Report on vaccination in Madras 1895-1903 - 1895-1903
Year: 1895
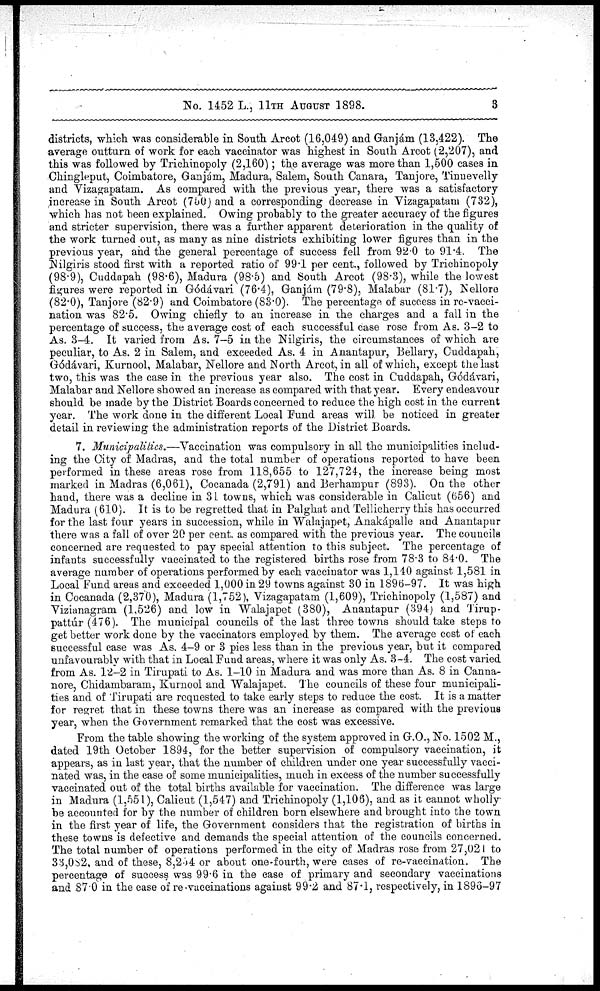
No. 1452 L., 11TH AUGUST 1898.
3
districts, which was considerable in South Arcot (16,049) and Ganjám (13,422). The
average outturn of work for each vaccinator was highest in South Arcot (2,207), and
this was followed by Trichinopoly (2,160); the average was more than 1,500 cases in
Chingleput, Coimbatore, Ganjám, Madura, Salem, South Canara, Tanjore, Tinnevelly
and Vizagapatam. As compared with the previous year, there was a satisfactory
increase in South Arcot (750) and a corresponding decrease in Vizagapatam (732),
which has not been explained. Owing probably to the greater accuracy of the figures
and stricter supervision, there was a further apparent deterioration in the quality of
the work turned out, as many as nine districts exhibiting lower figures than in the
previous year, and the general percentage of success fell from 92.0 to 91.4. The
Nilgiris stood first with a reported ratio of 99.1 per cent., followed by Trichinopoly
(98.9), Cuddapah (98.6), Madura (98.5) and South Arcot (98.3), while the lowest
figures were reported in Gódávari (76.4), Ganjám (79.8), Malabar (81.7), Nellore
(82.0), Tanjore (82.9) and Coimbatore (83.0). The percentage of success in re-vacci-
nation was 82.5. Owing chiefly to an increase in the charges and a fall in the
percentage of success, the average cost of each successful case rose from As. 3-2 to
As. 3-4. It varied from As. 7-5 in the Nilgiris, the circumstances of which are
peculiar, to As. 2 in Salem, and exceeded As. 4 in Anantapur, Bellary, Cuddapah,
Gódávari, Kurnool, Malabar, Nellore and North Arcot, in all of which, except the last
two, this was the case in the previous year also. The cost in Cuddapah, Godávari,
Malabar and Nellore showed an increase as compared with that year. Every endeavour
should be made by the District Boards concerned to reduce the high cost in the current
year. The work done in the different Local Fund areas will be noticed in greater
detail in reviewing the administration reports of the District Boards.
7. Municipalities.—Vaccination was compulsory in all the municipalities includ-
ing the City of Madras, and the total number of operations reported to have been
performed in these areas rose from 118,655 to 127,724, the increase being most
marked in Madras (6,061), Cocanada (2,791) and Berhampur (893). On the other
hand, there was a decline in 31 towns, which was considerable in Calicut (656) and
Madura (610). It is to be regretted that in Palghat and Tellicherry this has occurred
for the last four years in succession, while in Walajapet, Anakápalle and Anantapur
there was a fall of over 20 per cent. as compared with the previous year. The councils
concerned are requested to pay special attention to this subject. The percentage of
infants successfully vaccinated to the registered births rose from 78.3 to 84.0. The
average number of operations performed by each vaccinator was 1,140 against 1,581 in
Local Fund areas and exceeded 1,000 in 29 towns against 30 in 1896-97. It was high
in Cocanada (2,370), Madura (1,752), Vizagapatam (1,609), Trichinopoly (1,587) and
Vizianagram (1,526) and low in Walajapet (380), Anantapur (394) and Tirup¬
pattár (476). The municipal councils of the last three towns should take steps to
get better work done by the vaccinators employed by them. The average cost of each
successful case was As. 4-9 or 3 pies less than in the previous year, but it compared
unfavourably with that in Local Fund areas, where it was only As. 3-4. The cost varied
from As. 12-2 in Tirupati to As. 1-10 in Madura and was more than As. 8 in Canna-
nore, Chidambaram, Kurnool and Walajapet. The councils of these four municipali-
ties and of Tirupati are requested to take early steps to reduce the cost. It is a matter
for regret that in these towns there was an increase as compared with the previous
year, when the Government remarked that the cost was excessive.
From the table showing the working of the system approved in G.O., No. 1502 M.,
dated 19th October 1894, for the better supervision of compulsory vaccination, it
appears, as in last year, that the number of children under one year successfully vacci-
nated was, in the case of some municipalities, much in excess of the number successfully
vaccinated out of the total births available for vaccination. The difference was large
in Madura (1,551), Calicut (1,547) and Trichinopoly (1,106), and as it cannot wholly
be accounted for by the number of children born elsewhere and brought into the town
in the first year of life, the Government considers that the registration of births in
these towns is defective and demands the special attention of the councils concerned.
The total number of operations performed in the city of Madras rose from 27,021 to
33,082, and of these, 8,254 or about one-fourth, were cases of re-vaccination. The
percentage of success was 99.6 in the case of primary and secondary vaccinations
and 87.0 in the case of re-vaccinations against 99.2 and 87.1, respectively, in 1896-97